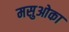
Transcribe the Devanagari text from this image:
मसुओका